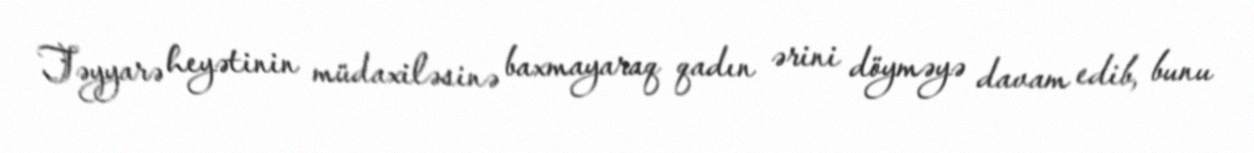
Təyyarə heyətinin müdaxiləsinə baxmayaraq qadın ərini döyməyə davam edib, bunu